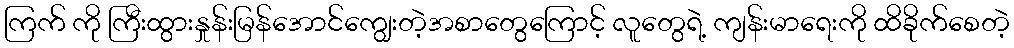
ကြက် ကို ကြီးထွားနှုန်းမြန်အောင်ကျွေးတဲ့အစာတွေကြောင့် လူတွေရဲ့ ကျန်းမာရေးကို ထိခိုက်စေတဲ့